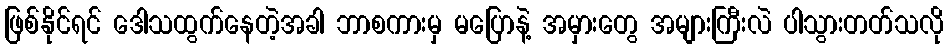
ဖြစ်နိုင်ရင် ဒေါသထွက်နေတဲ့အခါ ဘာစကားမှ မပြောနဲ့ အမှားတွေ အများကြီးလဲ ပါသွားတတ်သလို